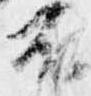
不